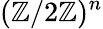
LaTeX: (\mathbb{Z}/2\mathbb{Z})^{n}